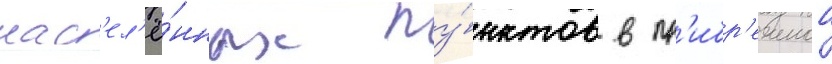
нас'ел'ё́нных пу́нктов в пр'ибр'ежнои